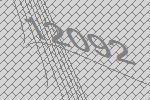
12092